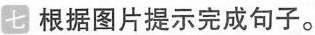
七 根据图片提示完成句子.